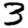
Digit: 3